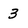
Character: 3